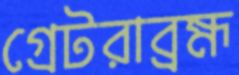
গ্রেটরাব্রহ্ম